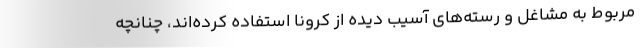
مربوط به مشاغل و رسته‌های آسیب دیده از کرونا استفاده کرده‌اند، چنانچه